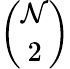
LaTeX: \binom{\mathcal{N}}{2}